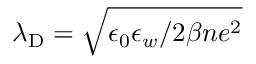
\lambda _ { \mathrm { D } } = \sqrt { \epsilon _ { 0 } \epsilon _ { w } / 2 \beta n e ^ { 2 } }